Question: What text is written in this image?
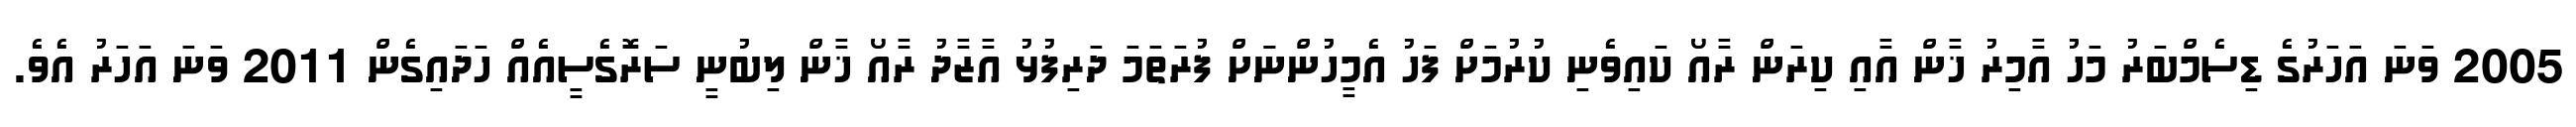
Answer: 2005 ވަނަ އަހަރުގެ ޑިސެމްބަރު މަހު އާމިރު ޚާން އާއި ކިރަން ރާއޯ ކައިވެނި ކުރުމަށް ފަހު އެމީހުންނަަށް ފުރަތަމަ ދަރިފުޅު އާޒާދު ރާއޯ ޚާން ލިބުނީ ސަރޮގެސީއެއް ހަދައިގެން 2011 ވަނަ އަހަރު އެވެ.